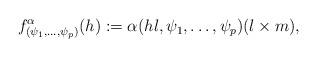
LaTeX: \begin{align*}\begin{aligned}f_{(\psi_1,\dots,\psi_{p})}^\alpha (h):=\alpha(hl,\psi_1,\dots,\psi_{p})(l\times m),\end{aligned}\end{align*}